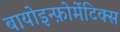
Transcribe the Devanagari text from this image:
बायोइन्फ़ोर्मेटिक्स